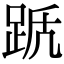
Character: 𨀭